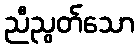
ညီညွတ်သော